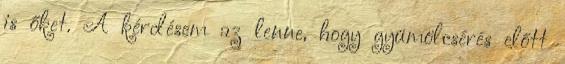
is őket. A kérdésem az lenne, hogy gyümölcsérés előtt